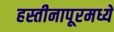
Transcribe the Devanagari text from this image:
हस्तीनापूरमध्ये